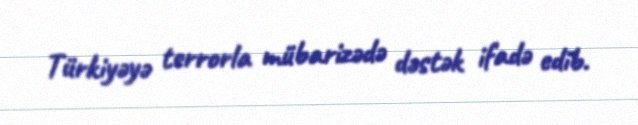
Türkiyəyə terrorla mübarizədə dəstək ifadə edib.